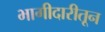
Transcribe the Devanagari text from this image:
भागीदारीतून